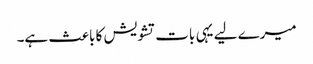
میرے لیے یہی بات تشویش کا باعث ہے۔